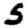
Digit: 5